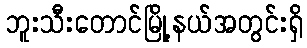
ဘူးသီးတောင်မြို့နယ်အတွင်းရှိ